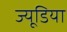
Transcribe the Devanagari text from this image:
ज्यूडिया